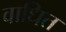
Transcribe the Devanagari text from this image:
वाधित